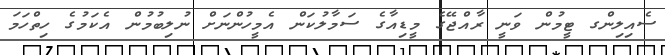
ސެއިލިންގ ޓީމުން ވަނީ ރާއްޖޭގެ މީޑިއާގެ ސަމާލުކަން އެމީހުންނަށް ނުލިބުމުން އެކަމުގެ ހިތްހަމަ